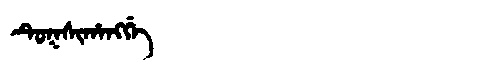
Manchu: ᡨᡠᡴᠰᡳᡥᠠᠩᡤᡝ
Romanization: TUKSIHANGGE